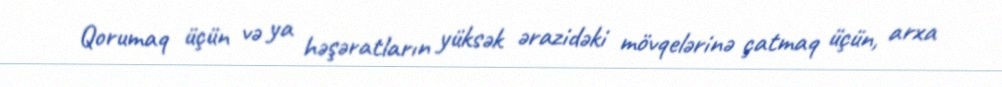
Qorumaq üçün və ya həşəratların yüksək ərazidəki mövqelərinə çatmaq üçün, arxa